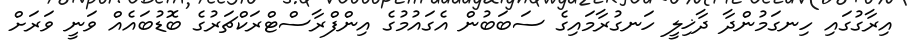
އިރާގުގައި ހިނގަމުންދާ ދާޚިލީ ހަނގުރާމައިގެ ސަބަބުން އެގައުމުގެ އިންފްރާސްޓްރަކްޗަރުގެ ބޮޑުބައެއް ވަނީ ވަރަށް